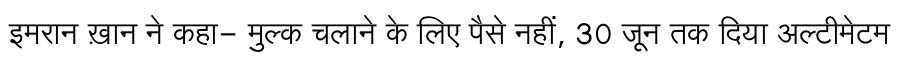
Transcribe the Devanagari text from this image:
इमरान ख़ान ने कहा- मुल्क चलाने के लिए पैसे नहीं, 30 जून तक दिया अल्टीमेटम